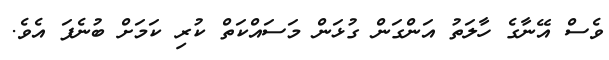
ވެސް އޭނާގެ ހާލަތު އަންގަން ގުޅަން މަސައްކަތް ކުރި ކަމަށް ބުނެފަ އެވެ.